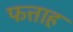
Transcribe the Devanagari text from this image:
फत्ताह